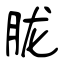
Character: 胧